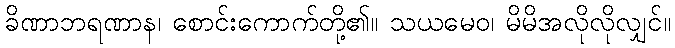
ခိဏာဘရဏာန၊ စောင်းကောက်တို့၏။ သယမေဝ၊ မိမိအလိုလိုလျှင်။